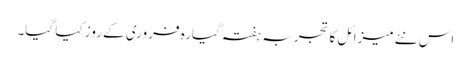
اس نئے میزائل کا تجربہ ہفتہ گیارہ فروری کے روز کیا گیا۔